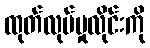
ထုတ်လုပ်မှုလိုင်းကို